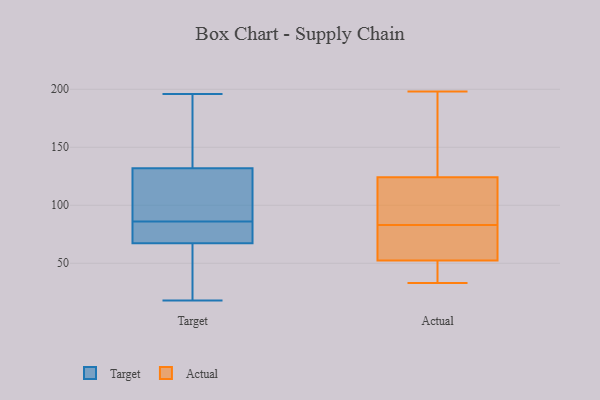
{"axis": {"x": "Bounce Rate (%)", "y": "Value"}, "legend": ["Actual", "Target"], "data": [{"x": "", "y": 18, "type": "Target"}, {"x": "", "y": 86, "type": "Target"}, {"x": "", "y": 90, "type": "Target"}, {"x": "", "y": 82, "type": "Target"}, {"x": "", "y": 158, "type": "Target"}, {"x": "", "y": 69, "type": "Target"}, {"x": "", "y": 164, "type": "Target"}, {"x": "", "y": 111, "type": "Target"}, {"x": "", "y": 43, "type": "Target"}, {"x": "", "y": 196, "type": "Target"}, {"x": "", "y": 68, "type": "Target"}, {"x": "", "y": 67, "type": "Target"}, {"x": "", "y": 139, "type": "Target"}, {"x": "", "y": 37, "type": "Target"}, {"x": "", "y": 86, "type": "Target"}, {"x": "", "y": 105, "type": "Actual"}, {"x": "", "y": 170, "type": "Actual"}, {"x": "", "y": 37, "type": "Actual"}, {"x": "", "y": 111, "type": "Actual"}, {"x": "", "y": 51, "type": "Actual"}, {"x": "", "y": 36, "type": "Actual"}, {"x": "", "y": 194, "type": "Actual"}, {"x": "", "y": 198, "type": "Actual"}, {"x": "", "y": 80, "type": "Actual"}, {"x": "", "y": 67, "type": "Actual"}, {"x": "", "y": 72, "type": "Actual"}, {"x": "", "y": 83, "type": "Actual"}, {"x": "", "y": 115, "type": "Actual"}, {"x": "", "y": 53, "type": "Actual"}, {"x": "", "y": 98, "type": "Actual"}, {"x": "", "y": 152, "type": "Actual"}, {"x": "", "y": 33, "type": "Actual"}]}